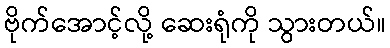
ဗိုက်အောင့်လို့ ဆေးရုံကို သွားတယ်။